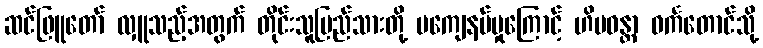
ဆင်ဖြူတော် လှူသည့်အတွက် တိုင်းသူပြည်သားတို့ မကျေနပ်မှုကြောင့် ဟိမဝန္တာ ဝင်္ကတောင်သို့